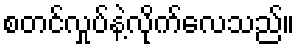
စတင်လှုပ်နဲ့လိုက်လေသည်။